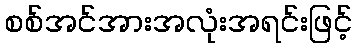
စစ်အင်အားအလုံးအရင်းဖြင့်